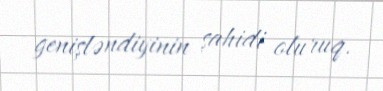
genişləndiyinin şahidi oluruq.